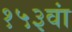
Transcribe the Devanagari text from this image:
१५३वां